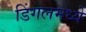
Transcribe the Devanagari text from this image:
डिंगलमध्ये